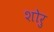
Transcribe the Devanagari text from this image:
शोरु